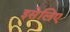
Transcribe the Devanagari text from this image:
इसेलिए